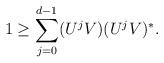
LaTeX: \begin{align*}1\geq \sum_{j=0}^{d-1} (U^jV)(U^jV)^*.\end{align*}